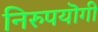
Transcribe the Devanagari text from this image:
निरुपयॊगी